Medical and sanitary report of the native army of Madras for the year
Year: 1878
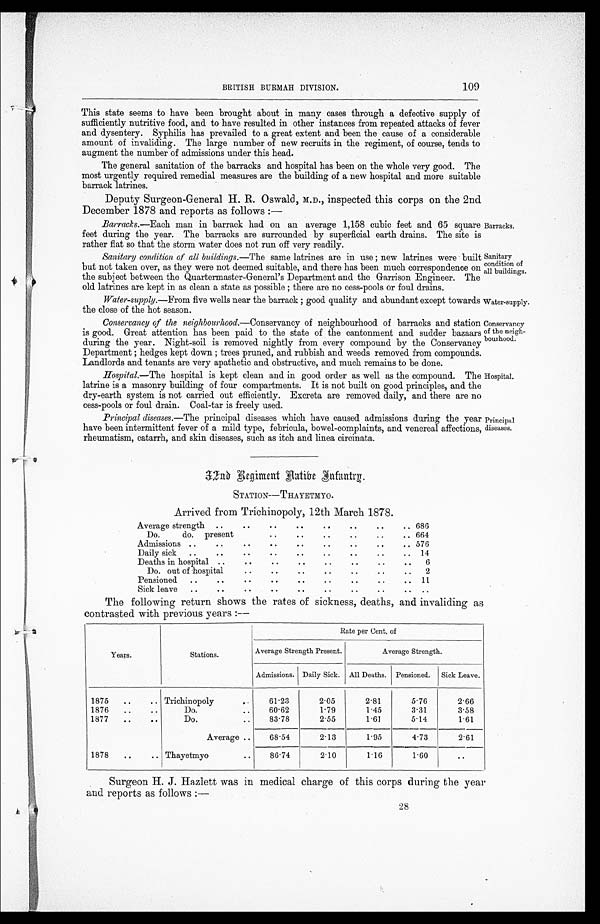
Sanitary
condition of
all buildings.
Water-supply.
Conservancy
of the neigh
bourhood.
109
BRITISH BURMAH DIVISION.
This state seems to have been brought about in many cases through a defective supply of
sufficiently nutritive food, and to have resulted in other instances from repeated attacks of fever
and dysentery. Syphilis has prevailed to a great extent and been the cause of a considerable
amount of invaliding. The large number of new recruits in the regiment, of course, tends to
augment the number of admissions under this head.
The general sanitation of the barracks and hospital has been on the whole very good. The
most urgently required remedial measures are the building of a new hospital and more suitable
barrack latrines.
Deputy Surgeon-General H. R. Oswald, M.D., inspected this corps on the 2nd
December 1878 and reports as follows :—
Barracks.—Each man in barrack had on an average 1,158 cubic feet and 65 square
feet during the year. The barracks are surrounded by superficial earth drains. The site is
rather flat so that the storm water does not run off very readily.
Sanitary condition of all buildings.—The same latrines are in use ; new latrines were built
but not taken over, as they were not deemed suitable, and there has been much correspondence on
the subject between the Quartermaster-General's Department and the Garrison Engineer. The
old latrines are kept in as clean a state as possible ; there are no cess-pools or foul drains.
Water-supply.—From five wells near the barrack ; good quality and abundant except towards
the close of the hot season.
Conservancy of the neighbourhood.—Conservancy of neighbourhood of barracks and station
is good. Great attention has been paid to the state of the cantonment and sudder bazaar
during the year. Night-soil is removed nightly from every compound by the Conservancy
Department ; hedges kept down ; trees pruned, and rubbish and weeds removed from compounds
Landlords and tenants are very apathetic and obstructive, and much remains to be done.
Hospital.—The hospital is kept clean and in good order as well as the compound. The
latrine is a masonry building of four compartments. It is not built on good principles, and the
dry-earth system is not carried out efficiently. Excreta are removed daily, and there are no
cess,-pools or foul drain. Coal-tar is freely used.
Principal diseases.—The principal diseases which have caused admissions during the year
have been intermittent fever of a mild type, febricula, bowel-complaints, and venereal affections
rheumatism, catarrh, and skin diseases, such as itch and linea circinata.
Barracks.
Hospital.
Principal
diseases.
3 2 n d R e g i m e n t N a t i v e I n f a n t r y .
STATION—THAYETMYO.
Arrived from Trichinopoly, 12th March 1878.
Average strength .. .. .. .. .. .. .. ..
686
Do.
do.
present
..
.. .. .. .. ..
664
Admissions ..
.. .. .. .. .. .. .. ..
576
Daily sick
..
..
.. .. .. .. .. .. ..
14
Deaths in hospital ..
..
..
.. .. .. .. ..
6
Do. out of hospital
.. .. .. .. .. ..
..
2
Pensioned
.. .. .. .. .. .. .. .. ..
11
Sick leave
..
.. .. .. .. .. .. .. .. ..
The following return shows the rates of sickness, deaths, and invaliding as
contrasted with previous years :—
Years.
Stations .
Rate per Cent. of
Average Strength Present.
Average Strength.
Admissions. Daily Sick. All Deaths. Pensioned.
Sick Leave.
1875
..
.. Trichinopoly
. . .
61.23
2.05
2.81
5.76
2.66
1876
..
..
Do.
..
60.62
1.79
1.45
3.31
3.58
1877
..
..
Do.
..
83.78
2.55
1.61
5.14
1.61
Average ..
68.54
2.13
1.95
4.73
2.61
1878
..
.. Thayetmyo
..
86.74
2.10
1.16
1.60
..
Surgeon H. J. Hazlett was in medical charge of this corps during the year
and reports as follows :—
28